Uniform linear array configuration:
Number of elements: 48
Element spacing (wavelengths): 0.75
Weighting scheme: kaiser
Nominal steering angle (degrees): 60
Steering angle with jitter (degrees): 59.597
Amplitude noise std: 0.05
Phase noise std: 0.05

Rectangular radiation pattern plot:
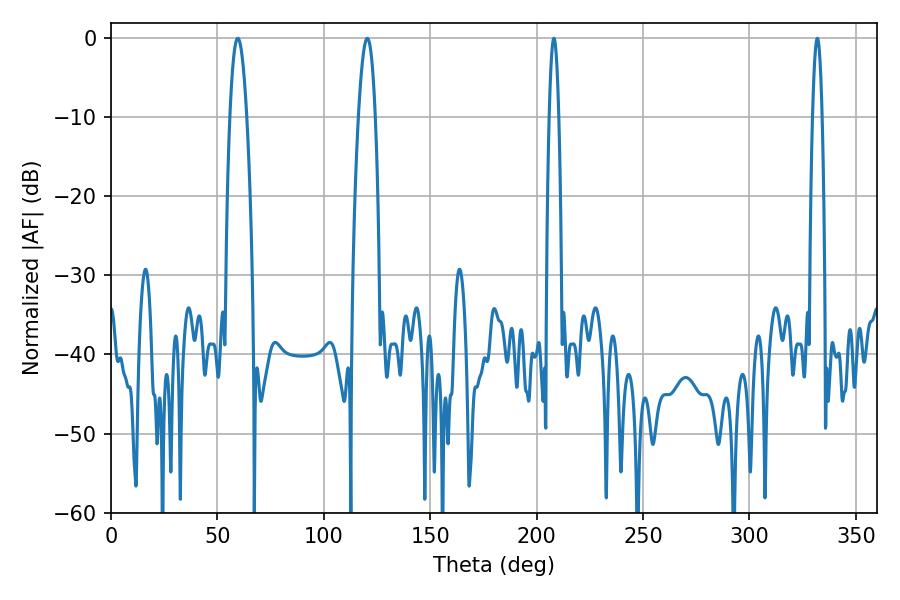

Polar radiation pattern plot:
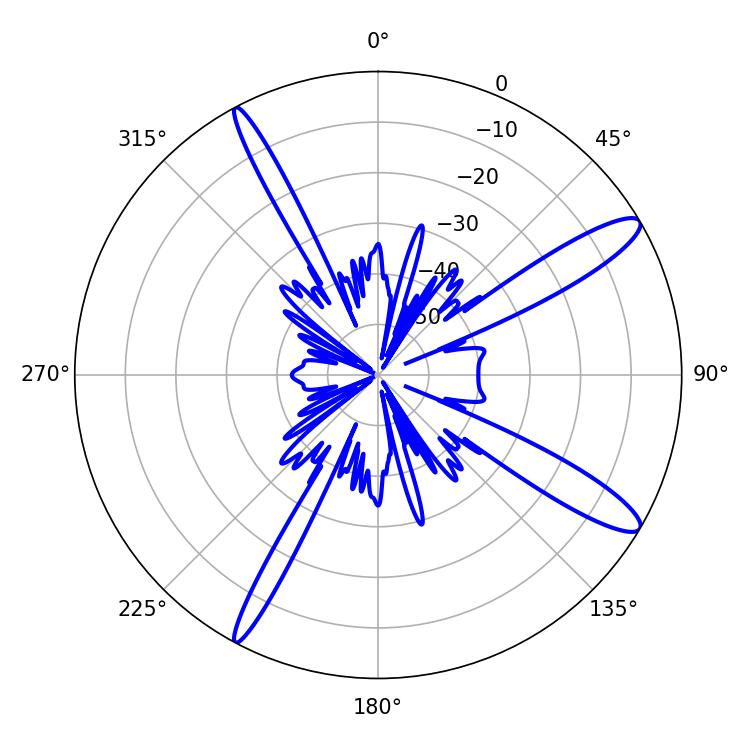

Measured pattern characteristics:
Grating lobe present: TRUE
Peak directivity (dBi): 13.096
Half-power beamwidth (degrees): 4.32
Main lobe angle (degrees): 59.58